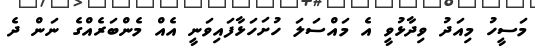
މަސީހު މިއަދު ވިދާޅުވީ އެ މައްސަލަ ހުށަހަޅާފައިވަނީ އެއް މެންބަރެއްގެ ނަން ދެ